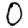
Digit: 0